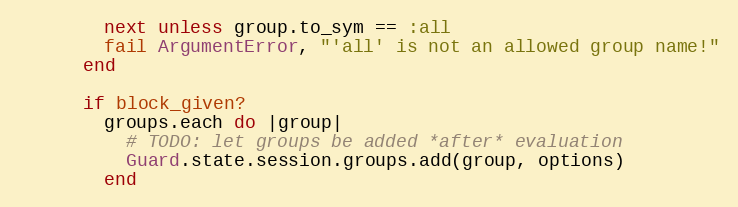
Language: Ruby
        next unless group.to_sym == :all
        fail ArgumentError, "'all' is not an allowed group name!"
      end

      if block_given?
        groups.each do |group|
          # TODO: let groups be added *after* evaluation
          Guard.state.session.groups.add(group, options)
        end